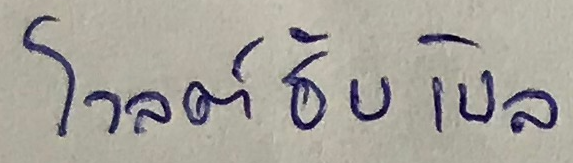
โวลต์ฮับเบิล